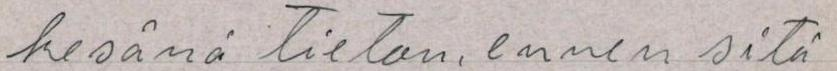
Kesänä tieton, ennen sitä